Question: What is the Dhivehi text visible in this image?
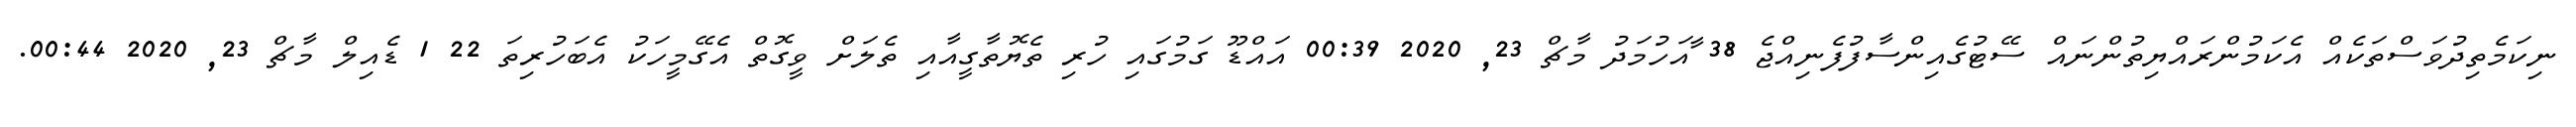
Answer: ނިކަމެތިދުވަސްތަކެއް އެކަމުންރައްޔިތުންނައް ސޭޓުގެއިންސާފުފެނިއްޖެ 38 ާއަހުމަދު މާޗް 23, 2020 00:39 އައްޑޫ ގަމުގައި ހުރި ތެޔޮތާގީއާއި ތެލަށް ވީގޮތް އެގޭމީހަކު އެބަހުރިތަ 22 1 ޑެއިލް މާޗް 23, 2020 00:44.